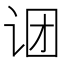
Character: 𬣫